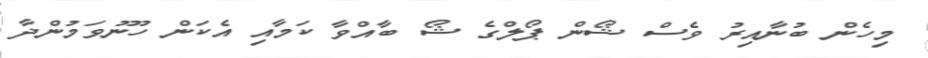
މިހެން ބުނާއިރު ވެސް ޝޯން ޕޯލްގެ ޝޯ ބާއްވާ ކަމާއި އެކަން ހޫނުވަމުންދާ